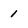
Character: 1